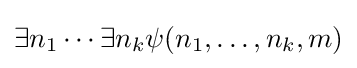
\exists n_{1}\cdots \exists n_{k}\psi (n_{1},\ldots ,n_{k},m)